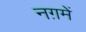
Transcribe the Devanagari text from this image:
नग़में